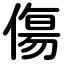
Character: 傷